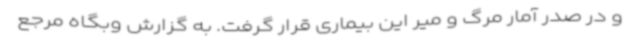
و در صدر آمار مرگ و میر این بیماری قرار گرفت. به گزارش وبگاه مرجع